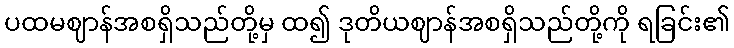
ပထမဈာန်အစရှိသည်တို့မှ ထ၍ ဒုတိယဈာန်အစရှိသည်တို့ကို ရခြင်း၏